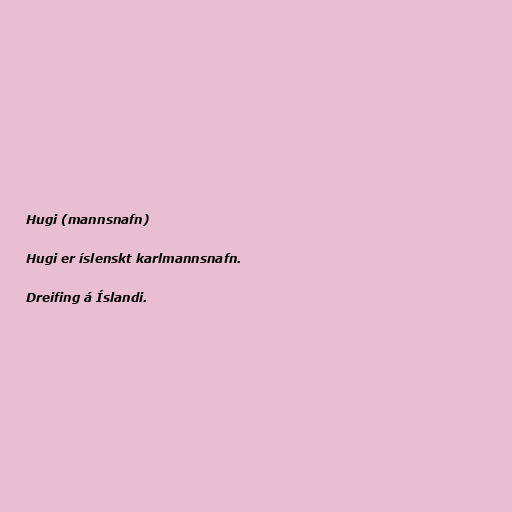
Hugi (mannsnafn)

Hugi er íslenskt karlmannsnafn.

Dreifing á Íslandi.